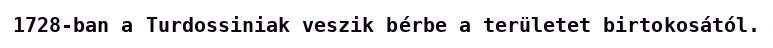
1728-ban a Turdossiniak veszik bérbe a területet birtokosától.